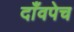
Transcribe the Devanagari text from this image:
दाँवपेच